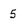
Character: 5